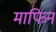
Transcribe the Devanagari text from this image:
माफिन